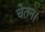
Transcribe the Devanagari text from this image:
चेतन।